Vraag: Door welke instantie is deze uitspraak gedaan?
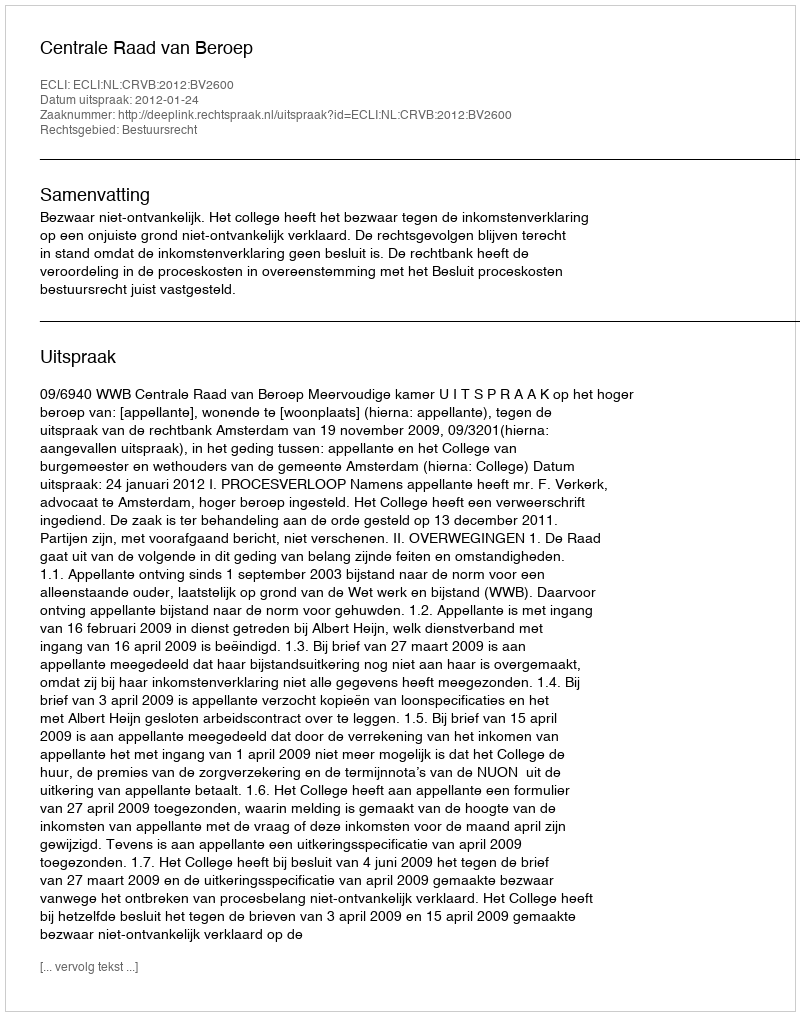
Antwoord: Centrale Raad van Beroep